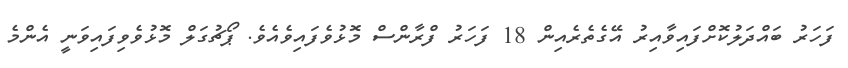
ފަހަރު ބައްދަލުކޮށްފައިވާއިރު އޭގެތެރެއިން 18 ފަހަރު ފްރާންސް މޮޅުވެފައިވެއެވެ. ޕޯޗުގަލް މޮޅުވެވިފައިވަނީ އެންމެ